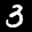
Label: 3